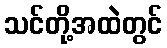
သင်တို့အထဲတွင်